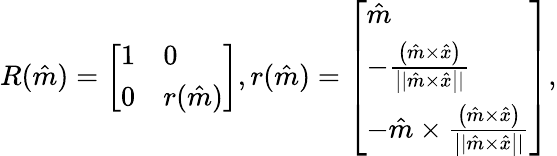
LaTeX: R(\hat{m})=\left[\begin{array}{ll}{1}&{0}\\ {0}&{r(\hat{m})}\end{array}\right],r(\hat{m})=\left[\begin{array}{l}{\hat{m}}\\ {-\frac{\left(\hat{m}\times\hat{x}\right)}{\left||\hat{m}\times\hat{x}\right||}}\\ {-\hat{m}\times\frac{\left(\hat{m}\times\hat{x}\right)}{\left||\hat{m}\times\hat{x}\right||}}\end{array}\right],